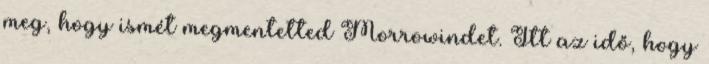
meg, hogy ismét megmentetted Morrowindet. Itt az idő, hogy